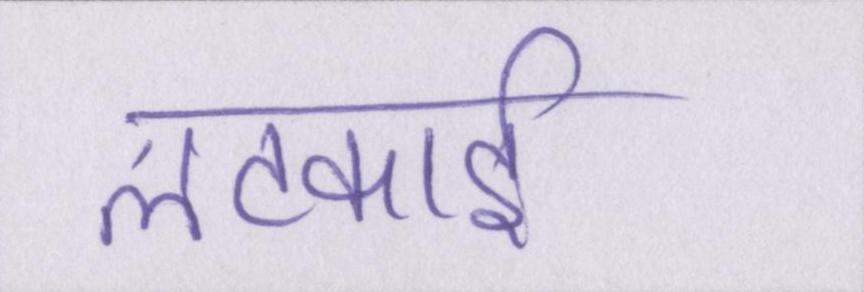
लटकाई